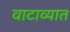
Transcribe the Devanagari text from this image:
वाटाव्यात